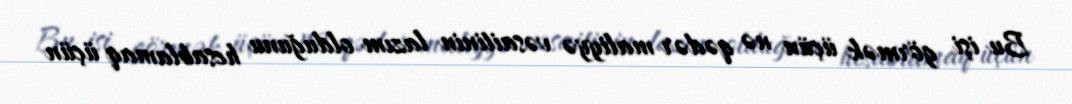
Bu işi görmək üçün nə qədər maliyyə vəsaitinin lazım olduğunu hesablamaq üçün